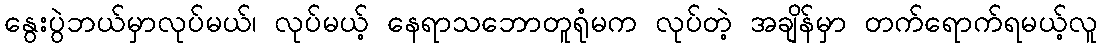
နွေးပွဲဘယ်မှာလုပ်မယ်၊ လုပ်မယ့် နေရာသဘောတူရုံမက လုပ်တဲ့ အချိန်မှာ တက်ရောက်ရမယ့်လူ